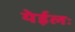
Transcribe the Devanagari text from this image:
येईलः